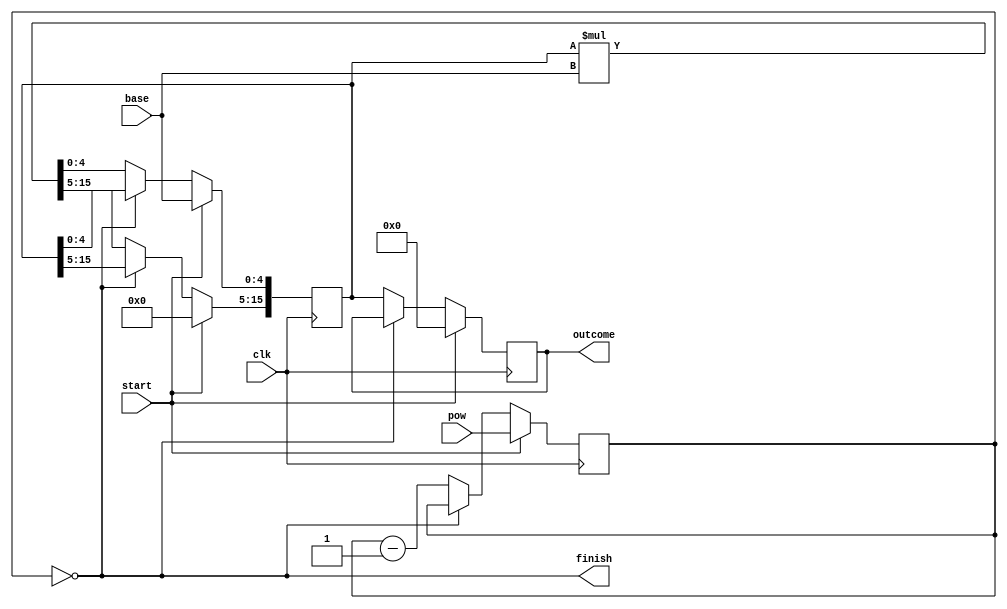
module pow_bit(
input start, clk, //start is a handshake signal to start operation I tested this with push button and debouncer unit
input [4:0] base, //base
input [2:0] pow, //exponent
output [15:0] outcome, 
output finish
);
reg [15:0]temp;
reg [15:0]t_base;   //temporary registers and counter for exponential decrement
reg [2:0]count;

assign finish = (count == 3'b0); //finish is 1 when count is 0 this signals end of operation
assign outcome = temp;
always @(posedge clk) begin
	if(start)begin //start push button set to high to start operation
		count<=pow; //counter is loaded with exponent
		t_base[4:0]<=base; // t_base will hold base for multiplication
		temp<=16'd0; // temp is initiated
		t_base[15:5]<=11'd0; //rest of t_base set to 0 
		end
   else if (!finish) begin //while operation is not finished @ posedge clk do this
		count<=count-1; // decrement  counter
	   t_base<=t_base*base; // multiplication   
		temp<=t_base; // outcomes are saved in a temporary register
	end	
end	
endmodule